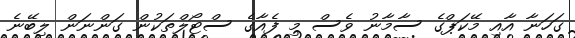
ގަހަނާ އާއި މޭކަޕްގެ ސާމާނު ވެސް މި ފެއާގެ ސްޓޯލްތަކުން ގަންނަން ލިބޭނެ